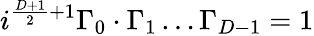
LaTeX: i^{\frac{D+1}{2}+1}\Gamma_{0}\cdot\Gamma_{1}\ldots\Gamma_{D-1}=1